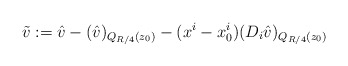
\begin{align*}\tilde v:=\hat v-(\hat v)_{Q_{R/4}(z_0)}-(x^i-x_0^i)(D_i \hat v)_{Q_{R/4}(z_0)}\end{align*}